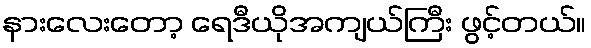
နားလေးတော့ ရေဒီယိုအကျယ်ကြီး ဖွင့်တယ်။